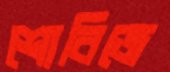
শোবিজে